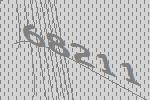
68211